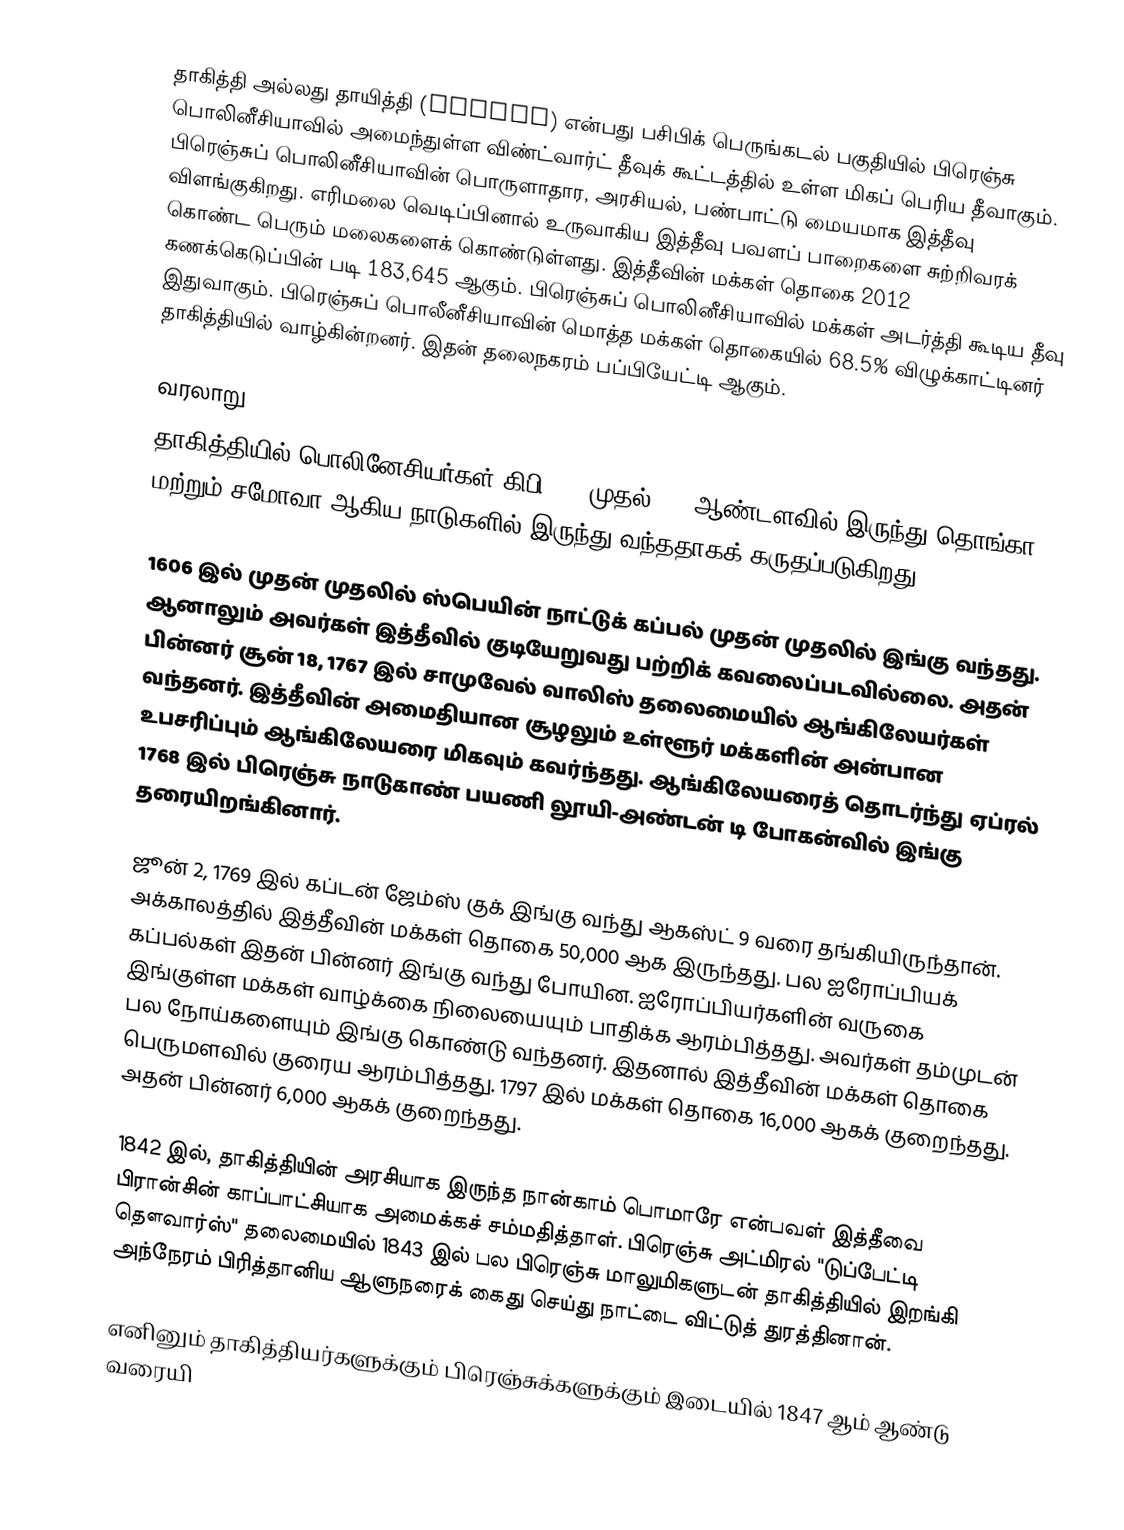
தாகித்தி அல்லது தாயித்தி (Tahiti) என்பது பசிபிக் பெருங்கடல் பகுதியில் பிரெஞ்சு பொலினீசியாவில் அமைந்துள்ள விண்ட்வார்ட் தீவுக் கூட்டத்தில் உள்ள மிகப் பெரிய தீவாகும். பிரெஞ்சுப் பொலினீசியாவின் பொருளாதார, அரசியல், பண்பாட்டு மையமாக இத்தீவு விளங்குகிறது. எரிமலை வெடிப்பினால் உருவாகிய இத்தீவு பவளப் பாறைகளை சுற்றிவரக் கொண்ட பெரும் மலைகளைக் கொண்டுள்ளது. இத்தீவின் மக்கள் தொகை 2012 கணக்கெடுப்பின் படி 183,645 ஆகும். பிரெஞ்சுப் பொலினீசியாவில் மக்கள் அடர்த்தி கூடிய தீவு இதுவாகும். பிரெஞ்சுப் பொலீனீசியாவின் மொத்த மக்கள் தொகையில் 68.5% விழுக்காட்டினர் தாகித்தியில் வாழ்கின்றனர். இதன் தலைநகரம் பப்பியேட்டி ஆகும்.

வரலாறு
தாகித்தியில் பொலினேசியர்கள் கிபி 300 முதல் 600 ஆண்டளவில் இருந்து தொங்கா, மற்றும் சமோவா ஆகிய நாடுகளில் இருந்து வந்ததாகக் கருதப்படுகிறது.

1606 இல் முதன் முதலில் ஸ்பெயின் நாட்டுக் கப்பல் முதன் முதலில் இங்கு வந்தது. ஆனாலும் அவர்கள் இத்தீவில் குடியேறுவது பற்றிக் கவலைப்படவில்லை. அதன் பின்னர் சூன் 18, 1767 இல் சாமுவேல் வாலிஸ் தலைமையில் ஆங்கிலேயர்கள் வந்தனர். இத்தீவின் அமைதியான சூழலும் உள்ளூர் மக்களின் அன்பான உபசரிப்பும் ஆங்கிலேயரை மிகவும் கவர்ந்தது. ஆங்கிலேயரைத் தொடர்ந்து ஏப்ரல் 1768 இல் பிரெஞ்சு நாடுகாண் பயணி லூயி-அண்டன் டி போகன்வில் இங்கு தரையிறங்கினார்.

ஜூன் 2, 1769 இல் கப்டன் ஜேம்ஸ் குக் இங்கு வந்து ஆகஸ்ட் 9 வரை தங்கியிருந்தான். அக்காலத்தில் இத்தீவின் மக்கள் தொகை 50,000 ஆக இருந்தது. பல ஐரோப்பியக் கப்பல்கள் இதன் பின்னர் இங்கு வந்து போயின. ஐரோப்பியர்களின் வருகை இங்குள்ள மக்கள் வாழ்க்கை நிலையையும் பாதிக்க ஆரம்பித்தது. அவர்கள் தம்முடன் பல நோய்களையும் இங்கு கொண்டு வந்தனர். இதனால் இத்தீவின் மக்கள் தொகை பெருமளவில் குரைய ஆரம்பித்தது. 1797 இல் மக்கள் தொகை 16,000 ஆகக் குறைந்தது. அதன் பின்னர் 6,000 ஆகக் குறைந்தது.

1842 இல், தாகித்தியின் அரசியாக இருந்த நான்காம் பொமாரே என்பவள் இத்தீவை பிரான்சின் காப்பாட்சியாக அமைக்கச் சம்மதித்தாள். பிரெஞ்சு அட்மிரல் "டுப்பேட்டி தௌவார்ஸ்" தலைமையில் 1843 இல் பல பிரெஞ்சு மாலுமிகளுடன் தாகித்தியில் இறங்கி அந்நேரம் பிரித்தானிய ஆளுநரைக் கைது செய்து நாட்டை விட்டுத் துரத்தினான்.

எனினும் தாகித்தியர்களுக்கும் பிரெஞ்சுக்களுக்கும் இடையில் 1847 ஆம் ஆண்டு வரையி